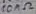
Text: 10MΩ